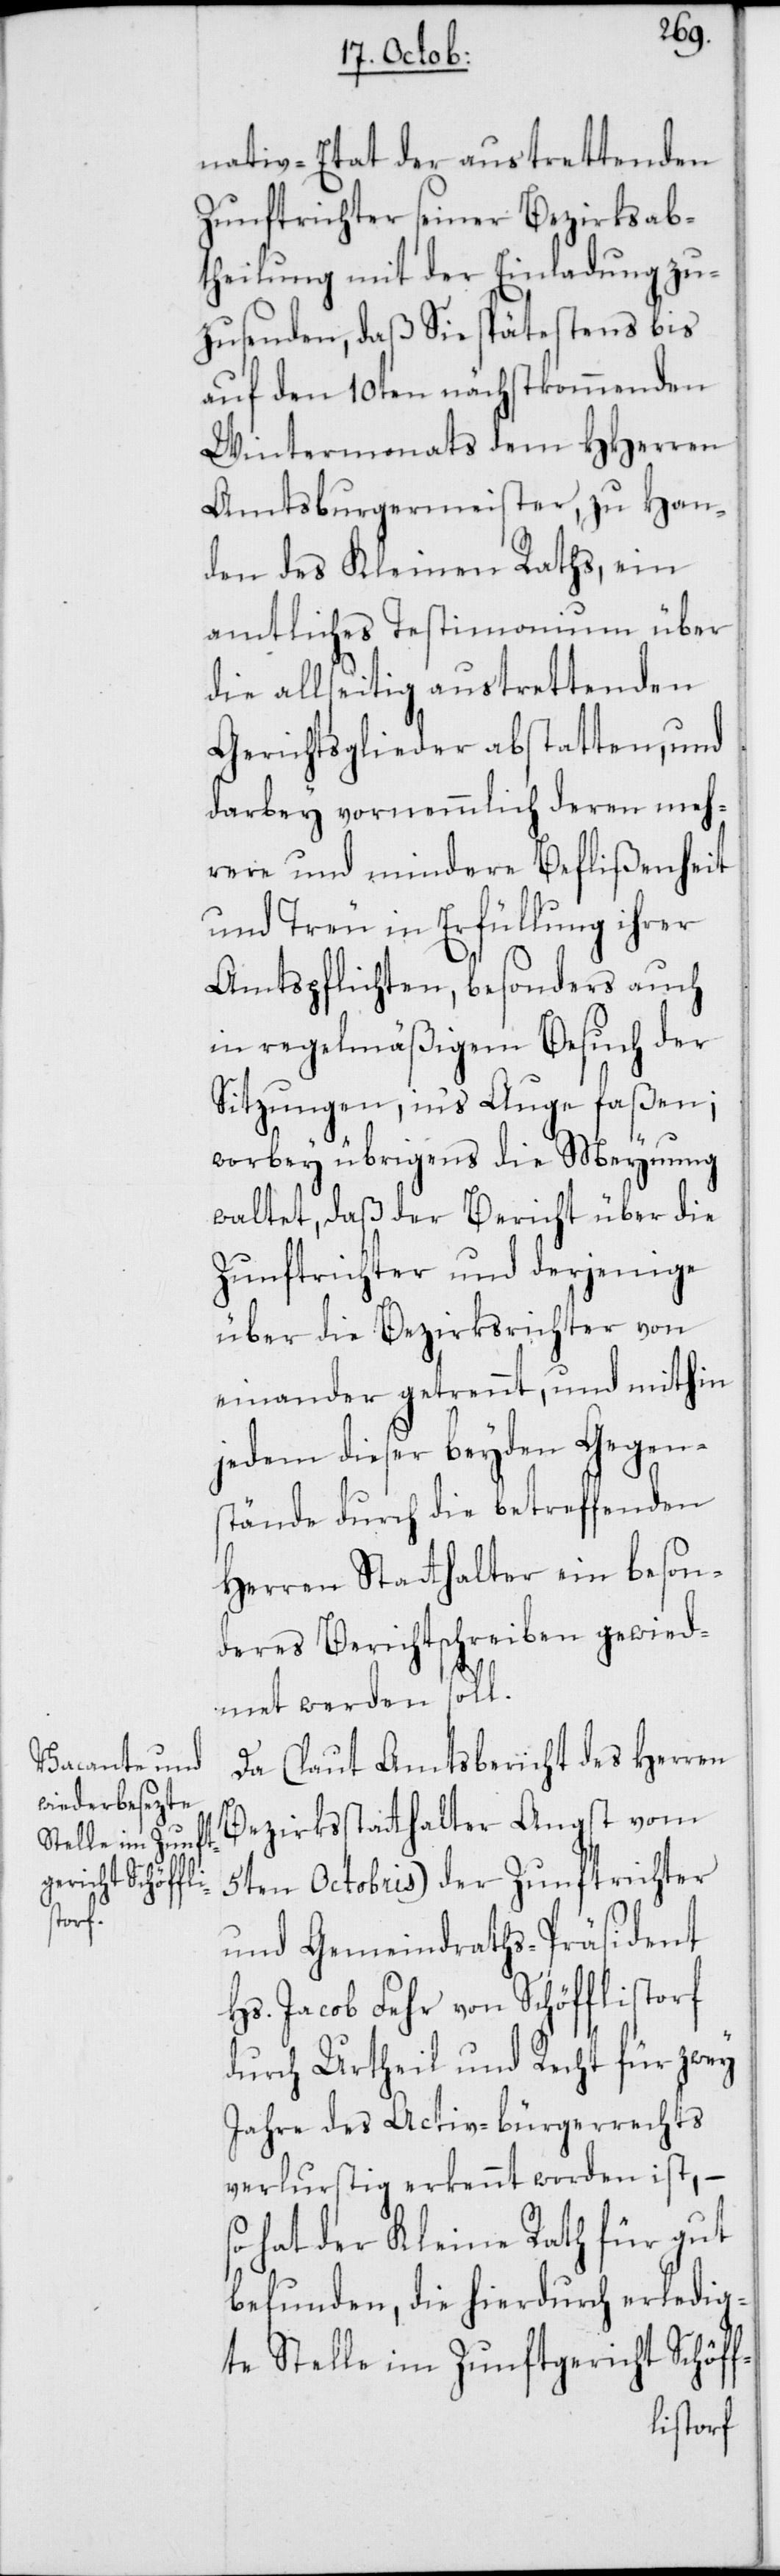
nativ-Etat der austrettenden
Zunftrichter seiner Bezirksab¬
theilung mit der Einladung zu¬
zusenden, daß Sie spätestens bis
auf den 10ten nächstkommenden
Wintermonats dem HHerren
Amtsburgermeister, zu Han¬
den des Kleinen Raths, ein
amtliches Testimonium über
die allseitig austrettenden
Gerichtsglieder abstatten, und
darbey vornemmlich deren meh¬
rere und mindere Beflißenheit
und Treu in Erfüllung ihrer
Amtspflichten, besonders auch
in regelmäßigem Besuch der
Sitzungen, in‘s Auge faßen;
worbey übrigens die Meynung
waltet, daß der Bericht über die
Zunftrichter und derjenige
über die Bezirksrichter von
einander getrennt, und mithin
jedem dieser beyden Gegen¬
stände durch die betreffenden
Herren Statthalter ein beson¬
deres Berichtschreiben gewied¬
met werden soll.
Da (laut Amtsbericht des Herren
Bezirksstatthalter Angst vom
5ten Octobris) der Zunftrichter
und Gemeindraths-Präsident
Hs. Jacob Fehr von Schöfflistorf
durch Urtheil und Recht für zwey
Jahre des Activ-bürgerrechts
verlurstig erkennt worden ist, –
hat der Kleine Rath für gut
befunden, die hierdurch erledig¬
te Stelle im Zunftgericht Schöff-